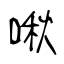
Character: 啾